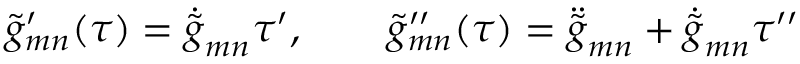
\tilde { g } _ { m n } ^ { \prime } ( \tau ) = \dot { \tilde { g } } _ { m n } \tau ^ { \prime } , \qquad \tilde { g } _ { m n } ^ { \prime \prime } ( \tau ) = \ddot { \tilde { g } } _ { m n } + \dot { \tilde { g } } _ { m n } \tau ^ { \prime \prime }